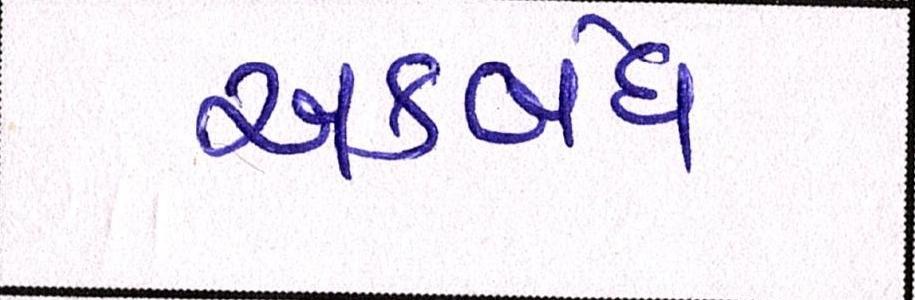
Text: અકબંધ